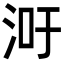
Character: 𬇢